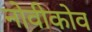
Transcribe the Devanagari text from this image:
नोवीकोव